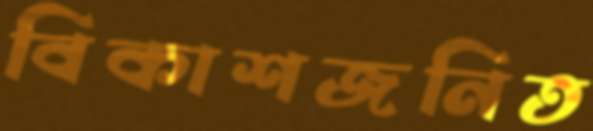
বিকাশজনিত